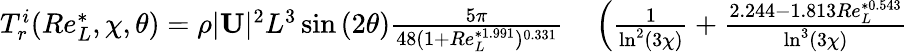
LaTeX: \begin{array}{rl}{T_{r}^{i}(Re_{L}^{*},\chi,\theta)=\rho|\mathbf{U}|^{2}L^{3}\sin{(2\theta)}\frac{5\pi}{48(1+Re_{L}^{*1.991})^{0.331}}}&{{}\left(\frac{1}{\ln^{2}(3\chi)}+\frac{2.244-1.813Re_{L}^{*0.543}}{\ln^{3}(3\chi)}\right.}\end{array}